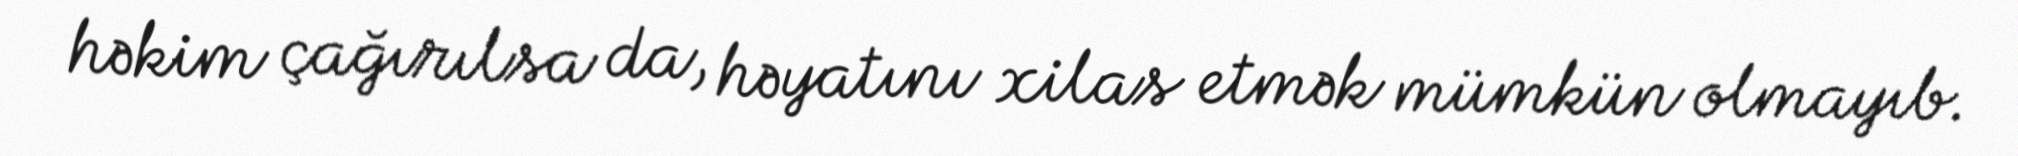
həkim çağırılsa da, həyatını xilas etmək mümkün olmayıb.